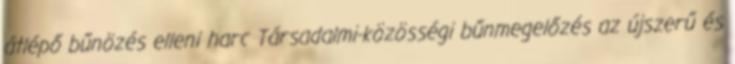
átlépő bűnözés elleni harc Társadalmi-közösségi bűnmegelőzés az újszerű és